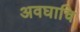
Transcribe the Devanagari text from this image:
अवघाचि